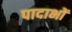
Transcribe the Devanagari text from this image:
पादाभों